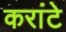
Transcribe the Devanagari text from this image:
करांटे